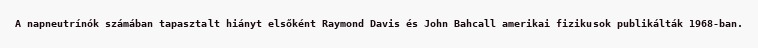
A napneutrínók számában tapasztalt hiányt elsőként Raymond Davis és John Bahcall amerikai fizikusok publikálták 1968-ban.